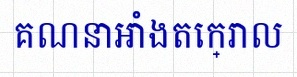
គណនាអាំងតេក្រាល